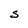
Character: S